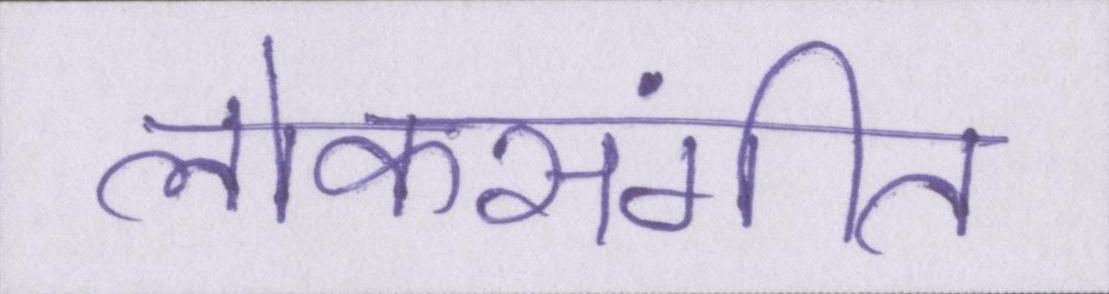
लोकसंगीत